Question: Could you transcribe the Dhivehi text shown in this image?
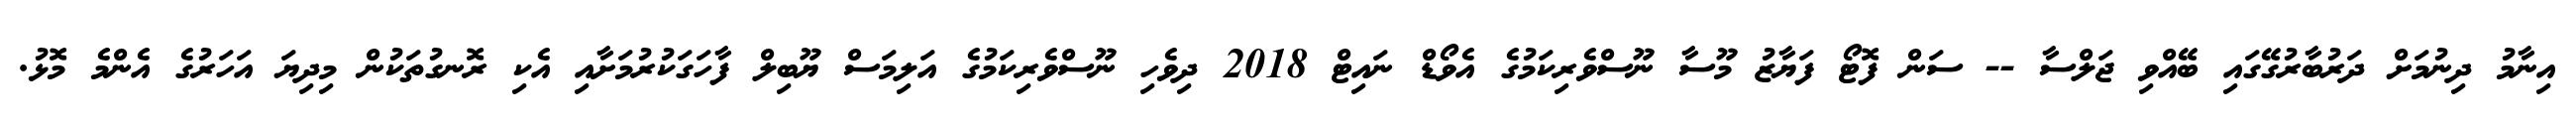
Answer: އިނާމު ދިނުމަށް ދަރުބާރުގޭގައި ބޭއްވި ޖަލްސާ -- ސަން ފޮޓޯ ފަޔާޒު މޫސާ ނޫސްވެރިކަމުގެ އެވޯޑް ނައިޓް 2018 ދިވެހި ނޫސްވެރިކަމުގެ އަލިމަސް ޔޫބިލް ފާހަގަކުރުމަށާއި އެކި ރޮނގުތަކުން މިދިޔަ އަހަރުގެ އެންމެ މޮޅު.